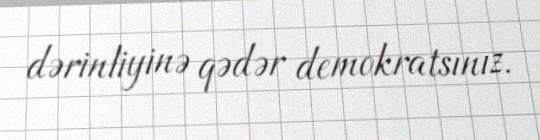
dərinliyinə qədər demokratsınız.